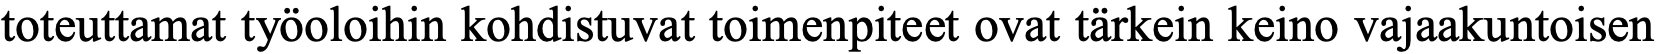
toteuttamat työoloihin kohdistuvat toimenpiteet ovat tärkein keino vajaakuntoisen